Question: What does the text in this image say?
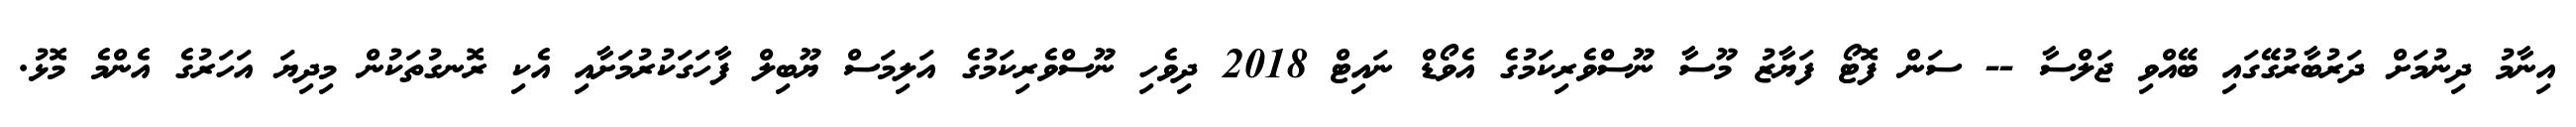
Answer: އިނާމު ދިނުމަށް ދަރުބާރުގޭގައި ބޭއްވި ޖަލްސާ -- ސަން ފޮޓޯ ފަޔާޒު މޫސާ ނޫސްވެރިކަމުގެ އެވޯޑް ނައިޓް 2018 ދިވެހި ނޫސްވެރިކަމުގެ އަލިމަސް ޔޫބިލް ފާހަގަކުރުމަށާއި އެކި ރޮނގުތަކުން މިދިޔަ އަހަރުގެ އެންމެ މޮޅު.